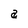
Character: a